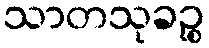
သာတသုခဉ္စ